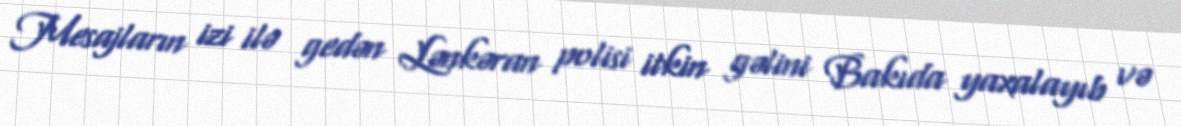
Mesajların izi ilə gedən Lənkəran polisi itkin gəlini Bakıda yaxalayıb və